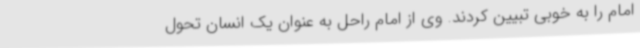
امام را به خوبی تبیین کردند. وی از امام راحل به عنوان یک انسان تحول